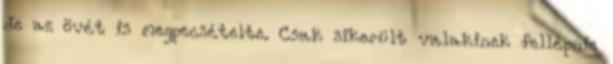
de az övét is megpecsételte. Csak sikerült valakinek fellépnie